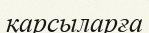
қарсыларға